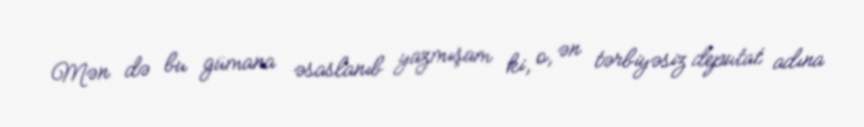
Mən də bu gümana əsaslanıb yazmışam ki, o, ən tərbiyəsiz deputat adına